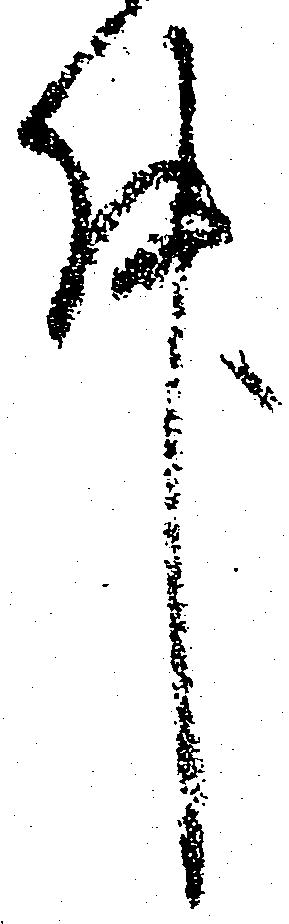
件